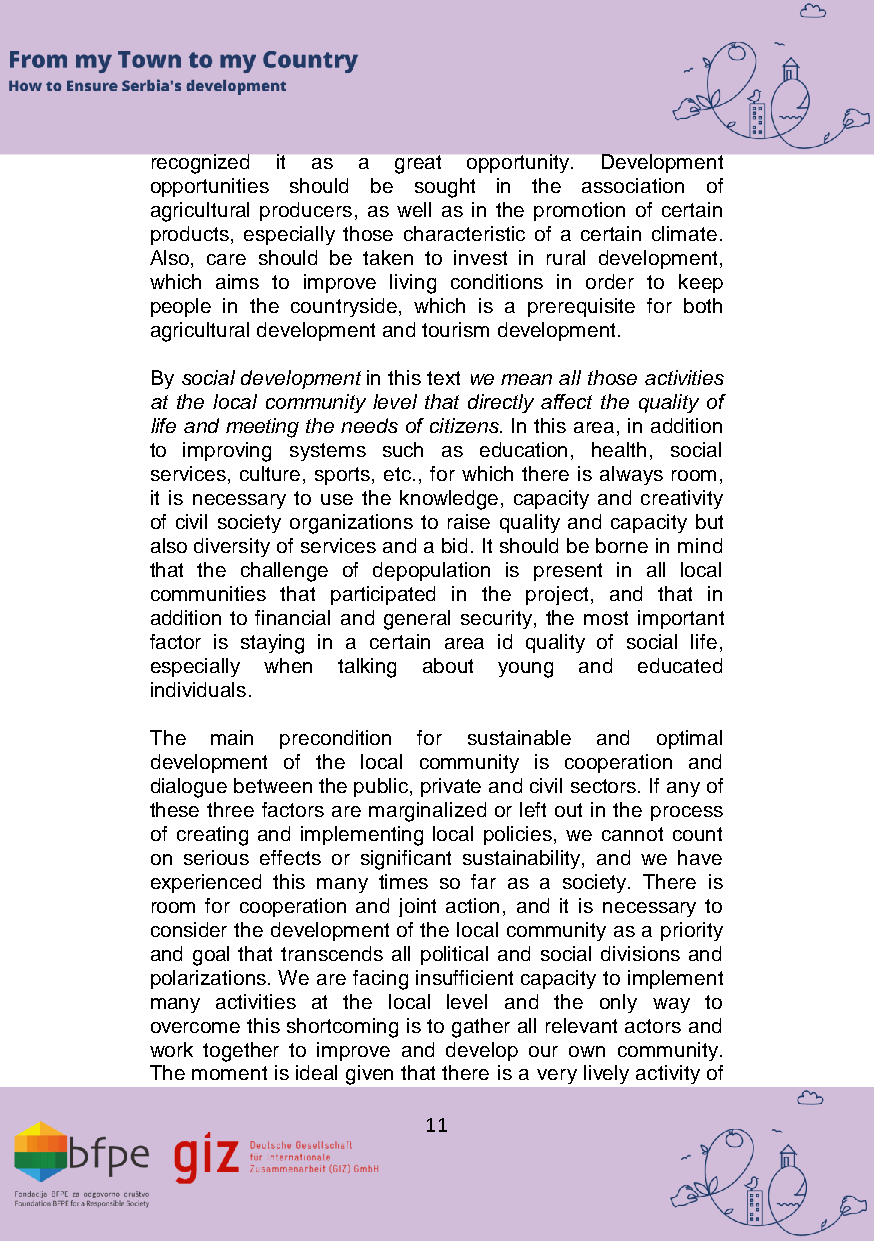
recognized it as a great opportunity. Development
 opportunities should be sought in the association of
 agricultural producers, as well as in the promotion of certain
 products, especially those characteristic of a certain climate.
 Also, care should be taken to invest in rural development,
 which aims to improve living conditions in order to keep
 people in the countryside, which is a prerequisite for both
 agricultural development and tourism development.
 By social development in this text we mean all those activities
 at the local community level that directly affect the quality of
 life and meeting the needs of citizens. In this area, in addition
 to improving systems such as education, health, social
 services, culture, sports, etc., for which there is always room,
 it is necessary to use the knowledge, capacity and creativity
 of civil society organizations to raise quality and capacity but
 also diversity of services and a bid. It should be borne in mind
 that the challenge of depopulation is present in all local
 communities that participated in the project, and that in
 addition to financial and general security, the most important
 factor is staying in a certain area id quality of social life,
 especially when talking about young and educated
 individuals.
 The main precondition for sustainable and optimal
 development of the local community is cooperation and
 dialogue between the public, private and civil sectors. If any of
 these three factors are marginalized or left out in the process
 of creating and implementing local policies, we cannot count
 on serious effects or significant sustainability, and we have
 experienced this many times so far as a society. There is
 room for cooperation and joint action, and it is necessary to
 consider the development of the local community as a priority
 and goal that transcends all political and social divisions and
 polarizations. We are facing insufficient capacity to implement
 many activities at the local level and the only way to
 overcome this shortcoming is to gather all relevant actors and
 work together to improve and develop our own community.
 The moment is ideal given that there is a very lively activity of
 11